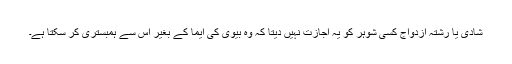
شادی یا رشتہ ازدواج کسی شوہر کو یہ اجازت نہیں دیتا کہ وہ بیوی کی ایما کے بغیر اس سے ہمبستری کر سکتا ہے۔